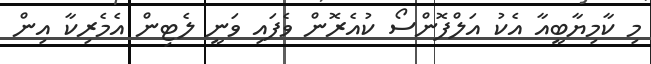
މި ކާމިޔާބީއާ އެކު އަލްފޮންސޯ ކުއެރޮން ވެފައި ވަނީ ލެޓިން އެމެރިކާ އިން